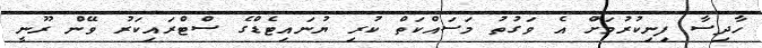
ހާދިސާ ފިނިކުރުމަށް އެ ވަގުތު މަސައްކަތް ކުރި ޔުނައިޓެޑްގެ ސްޓްރައިކަރު ވޭން ރޫނީ